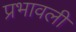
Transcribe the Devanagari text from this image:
प्रभावली